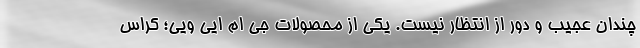
چندان عجیب و دور از انتظار نیست. یکی از محصولات جی ام ایی ویی؛ کراس